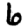
Digit: 6